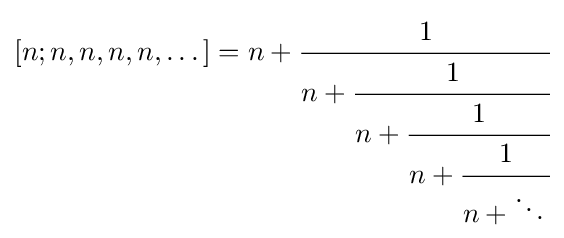
[n;n,n,n,n,\dots ]=n+{\cfrac {1}{n+{\cfrac {1}{n+{\cfrac {1}{n+{\cfrac {1}{n+\ddots \,}}}}}}}}